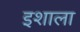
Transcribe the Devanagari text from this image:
इशाला